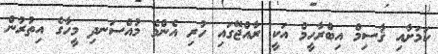
ކަމަށާއި ޤާސިމް އިބްރާހީމް އަކީ ރާއްޖޭގައި ހުރި އެންމެ މުއްސަނދި މީހާގެ އިތުރުން